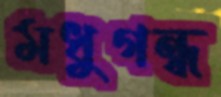
মধুগন্ধ